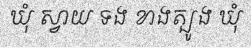
ឃុំ ស្វាយ ទង ខាងត្បូង ឃុំ